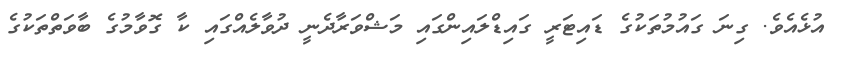
އުޅެއެވެ. ގިނަ ގައުމުތަކުގެ ޑައިޓަރީ ގައިޑްލައިންގައި މަޝްވަރާދެނީ ދުވާލެއްގައި ކާ ގޮވާމުގެ ބާވަތްތަކުގެ